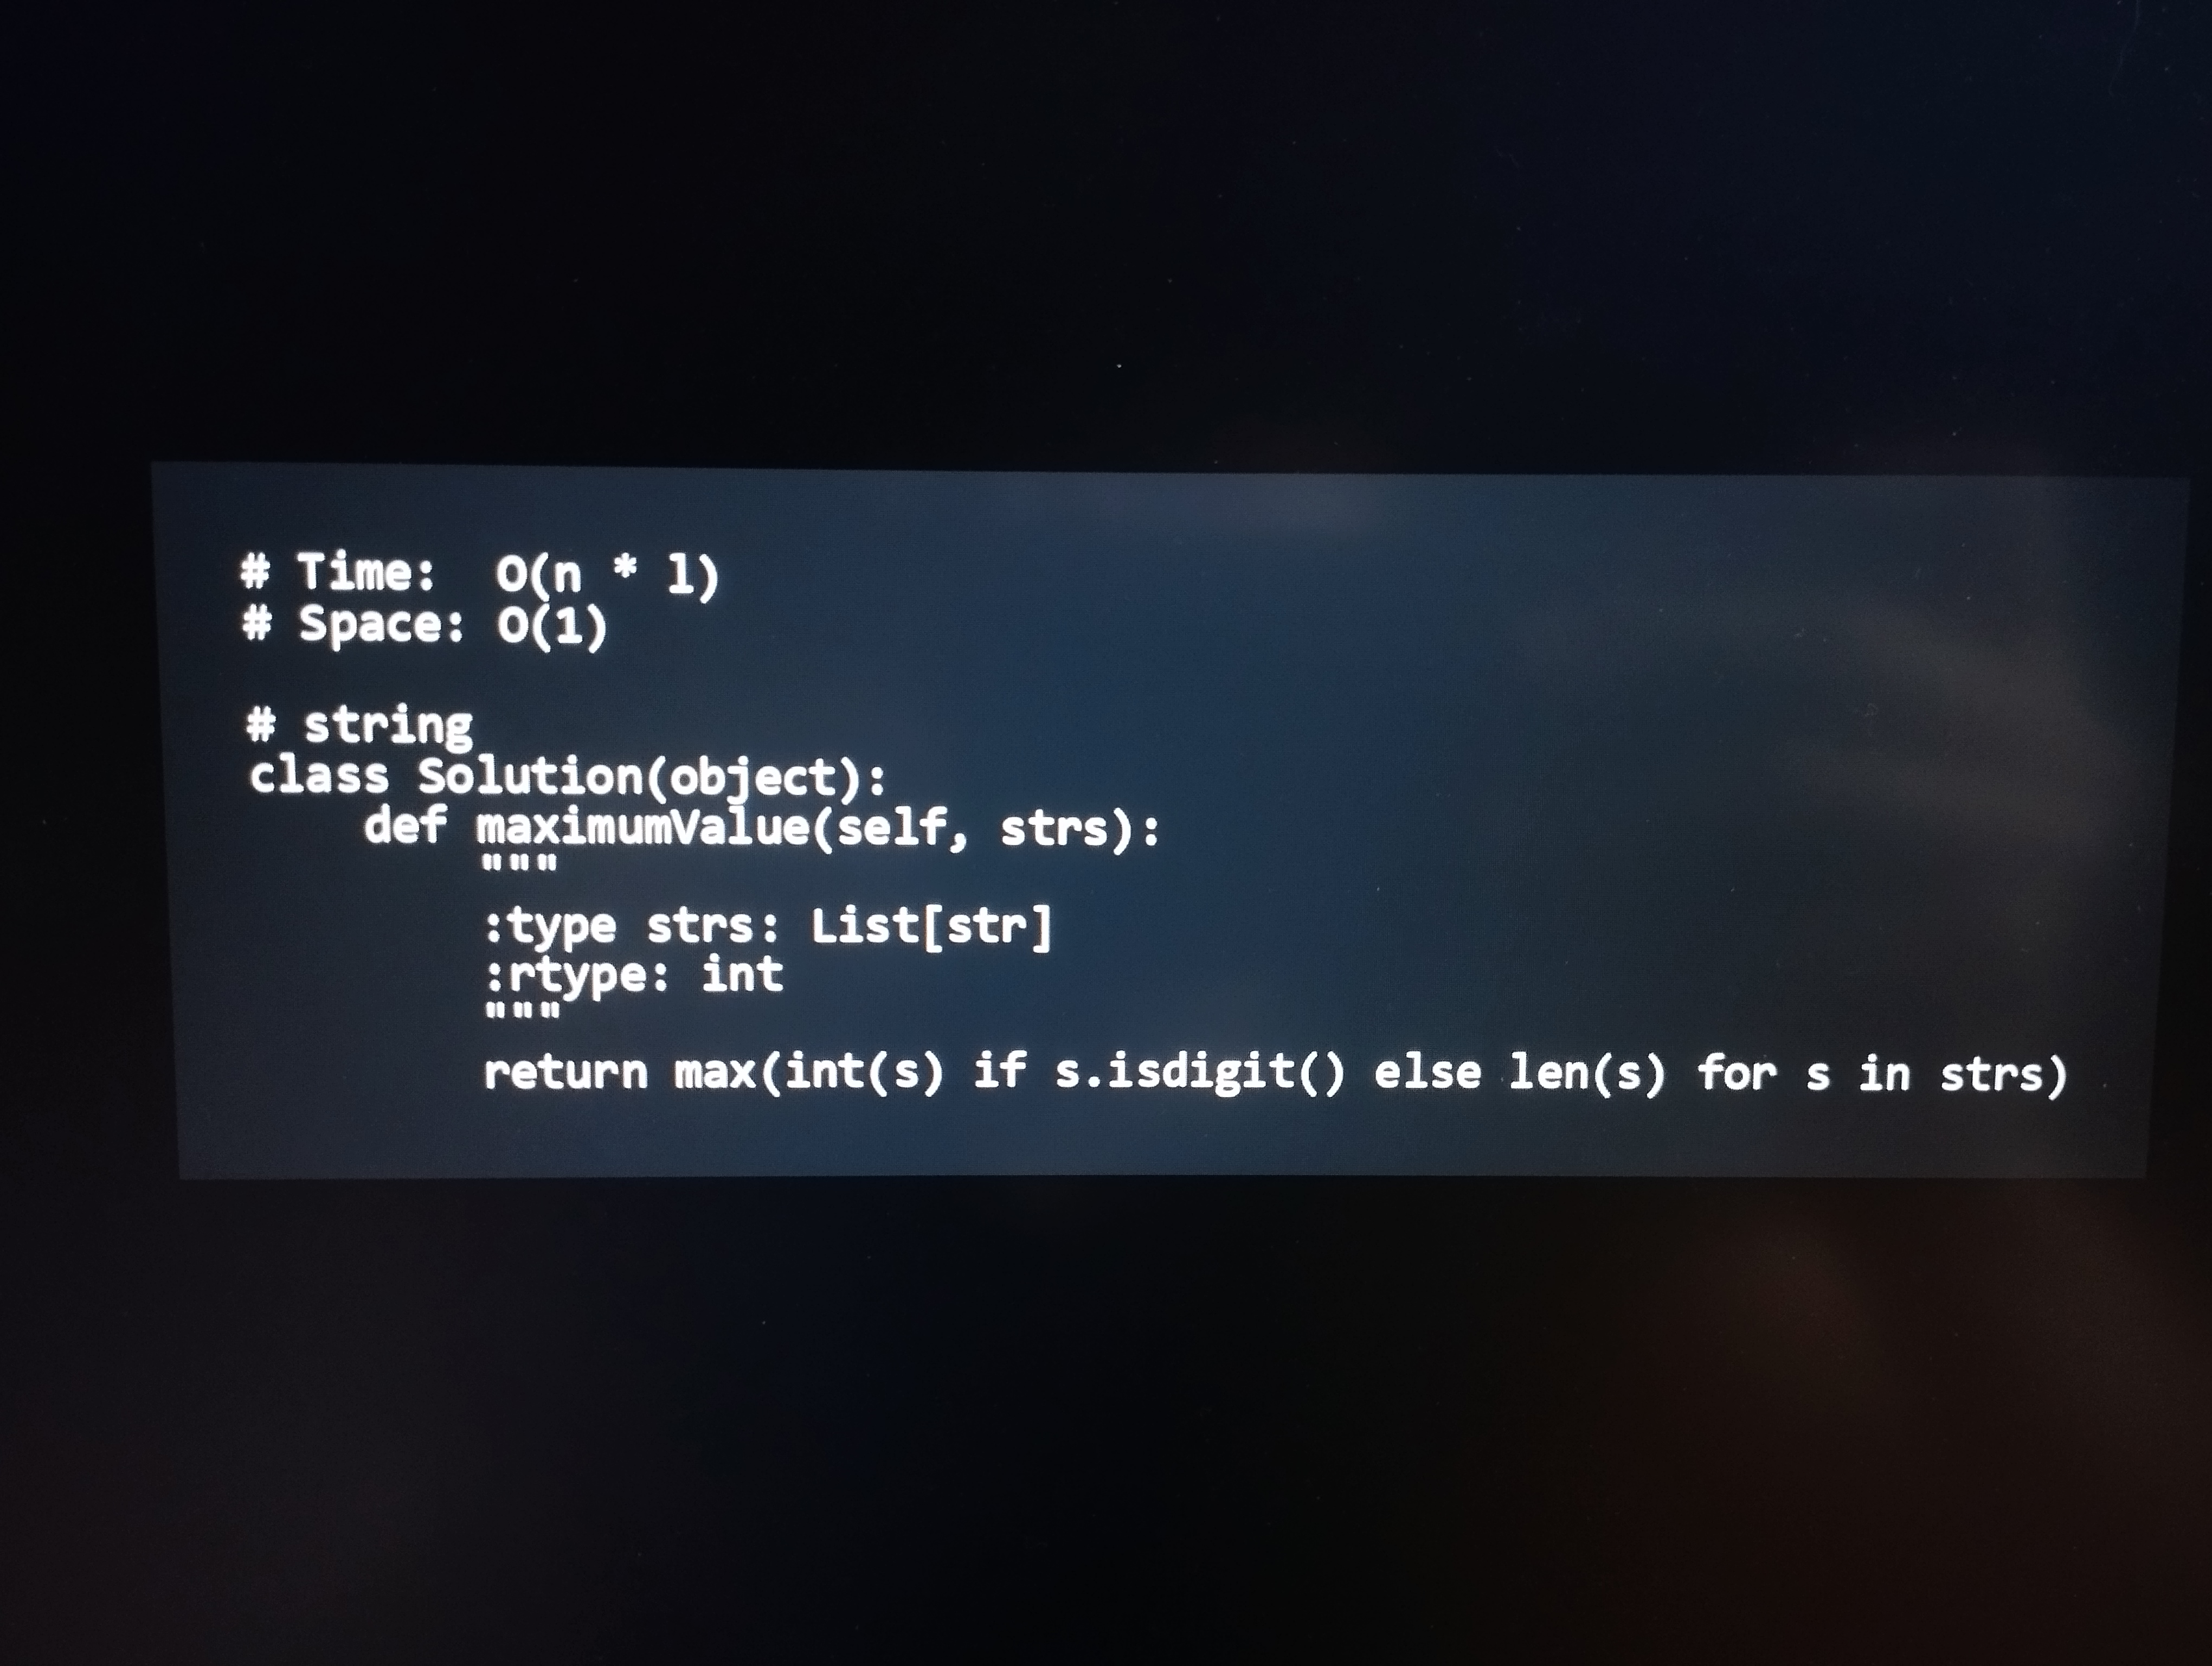
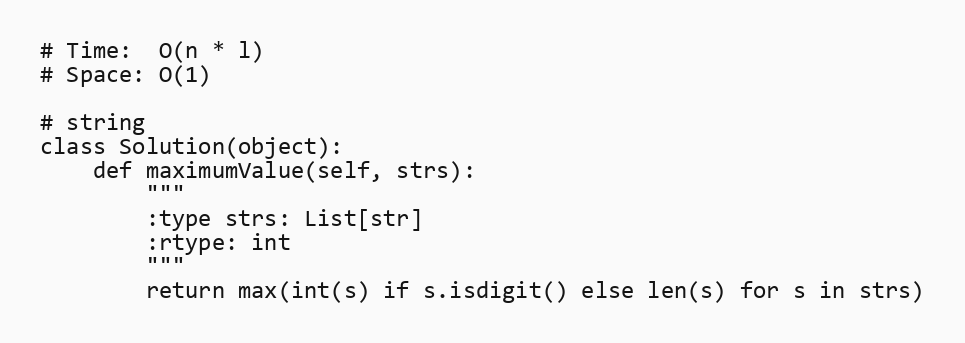
# Time:  O(n * l)
# Space: O(1)

# string
class Solution(object):
    def maximumValue(self, strs):
        """
        :type strs: List[str]
        :rtype: int
        """
        return max(int(s) if s.isdigit() else len(s) for s in strs)